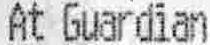
AT GUARDIAN